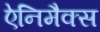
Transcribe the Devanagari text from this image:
ऐनिमैक्स